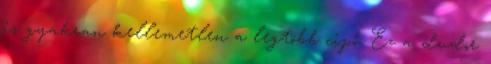
is gyakran kellemetlen a legtöbb cipő. Ez a dudor